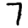
Digit: 7